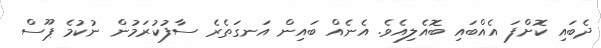
ދެބައި ކޮށްފަ އެއްބައި ބޮއެލިއެވެ. އެނެއް ބައިން އަނގަތެރެ ސާފުކުރަމުން ނުކުމެ ޕޫސް